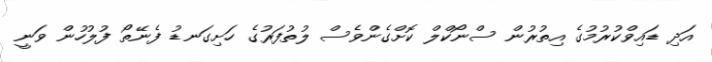
އަދި ޑައިވްކުރުމުގެ އިތުރުން ސްނޯކްލް ކޮށްގެންވެސް ލުތުފަރުގެ ހަށިގަނޑު ފެނޭތޯ ފުލުހުން ވަނީ